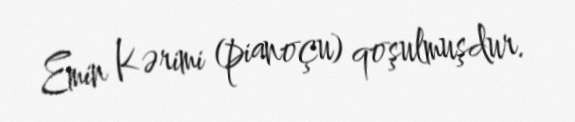
Emin Kərimi (pianoçu) qoşulmuşdur.